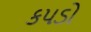
કપડો